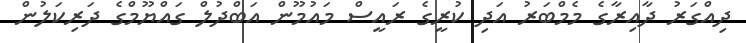
ދިއްގަރު ދާއިރާގެ މެމްބަރު އަދި ކުރީގެ ރައީސް މައުމޫން އަބްދުލް ގައްޔޫމްގެ ދަރިކަލުން